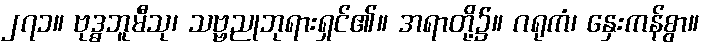
၂၇၁။ ဗုဒ္ဓဘူမီသု၊ သဗ္ဗညုဘုရားရှင်၏။ အရာတို့၌။ ဂရုကံ၊ နှေးကန်စွာ။